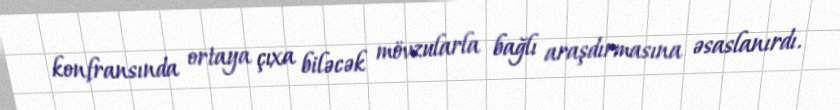
konfransında ortaya çıxa biləcək mövzularla bağlı araşdırmasına əsaslanırdı.